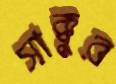
সাক্কুর